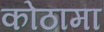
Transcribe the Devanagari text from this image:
कोठामा